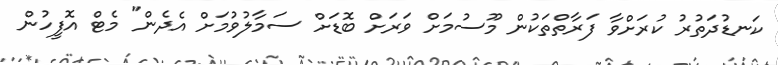
ކަނޑުދަތުރު ކުރަށްވާ ފަރާތްތަކުން މޫސުމަށް ވަރަށް ބޮޑަށް ސަމާލުވުމަށް އެދެން" މެޓް އޮފީހުން